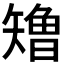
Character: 𰦢